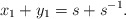
\begin{align*} x_1 + y_1 = s + s^{-1}. \end{align*}